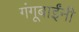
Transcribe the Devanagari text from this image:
गंगूबाईंनी